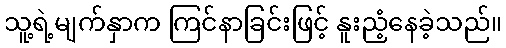
သူ့ရဲ့မျက်နှာက ကြင်နာခြင်းဖြင့် နူးညံ့နေခဲ့သည်။